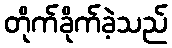
တိုက်ခိုက်ခဲ့သည်